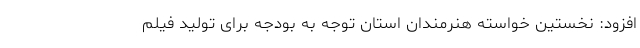
افزود: نخستین خواسته هنرمندان استان توجه به بودجه برای تولید فیلم